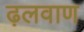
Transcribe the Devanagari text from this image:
ढ़लवाण